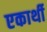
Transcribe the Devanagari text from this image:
एकार्थी